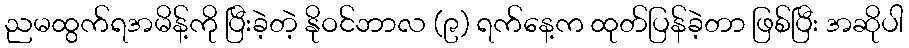
ညမထွက်ရအမိန့်ကို ပြီးခဲ့တဲ့ နိုဝင်ဘာလ (၉) ရက်နေ့က ထုတ်ပြန်ခဲ့တာ ဖြစ်ပြီး အဆိုပါ